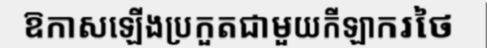
ឱកាសឡើងប្រកួតជាមួយកីឡាករថៃ